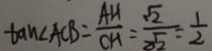
\tan \angle A C B = \frac { A H } { C H } = \frac { \sqrt { 2 } } { 2 \sqrt { 2 } } = \frac { 1 } { 2 }